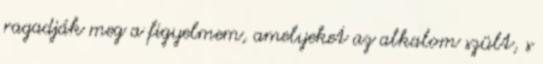
ragadják meg a figyelmem, amelyeket az alkalom szült, s